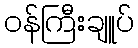
ဝန်ကြီးချူပ်